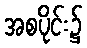
အစပိုင်း၌